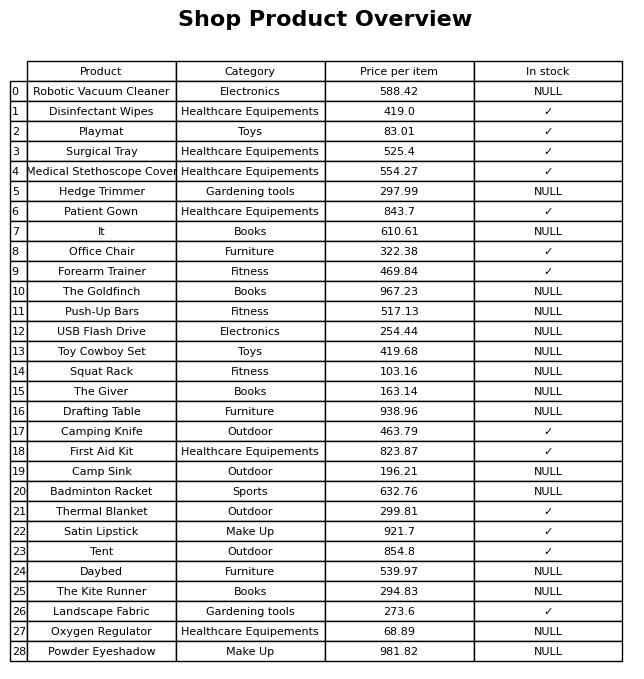
question: Which products are available in stock?
answer: Disinfectant Wipes, Playmat, Surgical Tray, Medical Stethoscope Cover, Patient Gown, Office Chair, Forearm Trainer, Camping Knife, First Aid Kit, Thermal Blanket, Satin Lipstick, Tent, Landscape Fabric